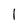
Character: 1